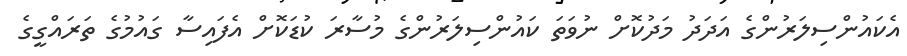
އެކައުންސިލަރުންގެ އަދަދު މަދުކޮށް ނުވަތަ ކައުންސިލަރުންގެ މުސާރަ ކުޑަކޮށް އެފައިސާ ގައުމުގެ ތަރައްގީގެ